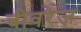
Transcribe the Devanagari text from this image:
बीवरेज